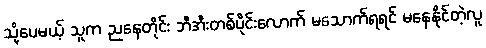
သို့ပေမယ့် သူက ညနေတိုင်း ဘီအီးတစ်ပိုင်းလောက် မသောက်ရရင် မနေနိုင်တဲ့လူ